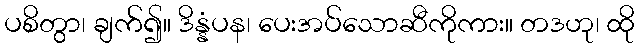
ပစိတွာ၊ ချက်၍။ ဒိန္နံပန၊ ပေးအပ်သောဆီကိုကား။ တဒဟု၊ ထို